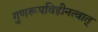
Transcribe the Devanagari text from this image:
गुणरूपविहीनत्वात्